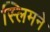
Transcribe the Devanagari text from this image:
स्लिमने